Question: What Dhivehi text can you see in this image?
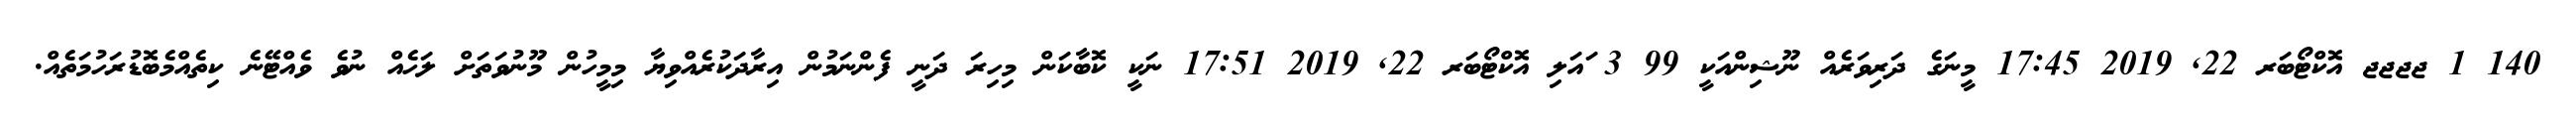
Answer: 140 1 ޖޖޖޖ އޮކްޓޯބަރ 22, 2019 17:45 މީނަގެ ދަރިވަރެއް ނޫޝިންއަކީ 99 3 ައަލި އޮކްޓޯބަރ 22, 2019 17:51 ނަކީ ކޮބާކަން މިހިރަ ދަނީ ފެންނަމުން އިރާދަކުރެއްވިޔާ މިމީހުން މޫނުވަތަށް ލަހެއް ނުވެ ވެއްޓޭނެ ކިތެއްމެބޮޑުރަހުމަތެއް.